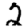
Digit: 2